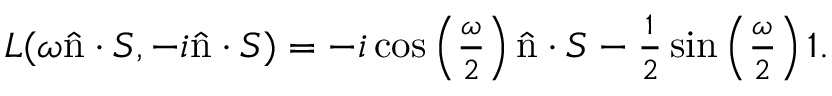
\begin{array} { r } { L ( \omega \hat { \mathrm { n } } \cdot S , - i \hat { \mathrm { n } } \cdot S ) = - i \cos \left( \frac { \omega } { 2 } \right) \hat { \mathrm { n } } \cdot S - \frac { 1 } { 2 } \sin \left( \frac { \omega } { 2 } \right) \mathbb { 1 } . } \end{array}